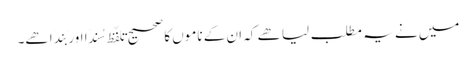
میں نے یہ مطلب لیا ھے کہ ان کے ناموں کا صحیح تلفّظ سُندَا اور بَندَا ھے۔